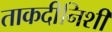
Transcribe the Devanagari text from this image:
ताकदीनिशी